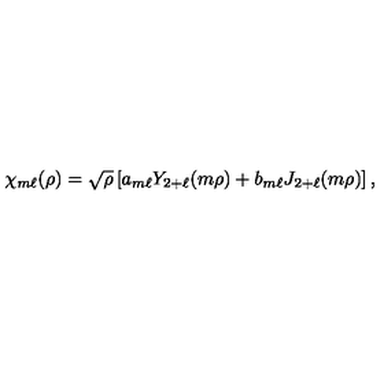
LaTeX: \chi _ { m \ell } ( \rho ) = \sqrt { \rho } \left[ a _ { m \ell } Y _ { 2 + \ell } ( m \rho ) + b _ { m \ell } J _ { 2 + \ell } ( m \rho ) \right] ,